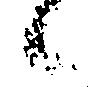
候